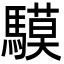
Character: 䮬